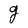
Character: g